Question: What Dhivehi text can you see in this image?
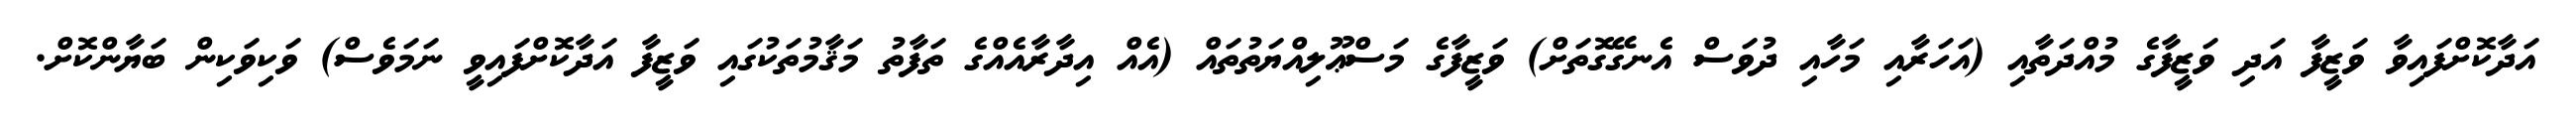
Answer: އަދާކޮށްފައިވާ ވަޒީފާ އަދި ވަޒީފާގެ މުއްދަތާއި (އަހަރާއި މަހާއި ދުވަސް އެނގޭގޮތަށް) ވަޒީފާގެ މަސްޢޫލިއްޔަތުތައް (އެއް އިދާރާއެއްގެ ތަފާތު މަޤާމުތަކުގައި ވަޒީފާ އަދާކޮށްފައިވީ ނަމަވެސް) ވަކިވަކިން ބަޔާންކޮށް.